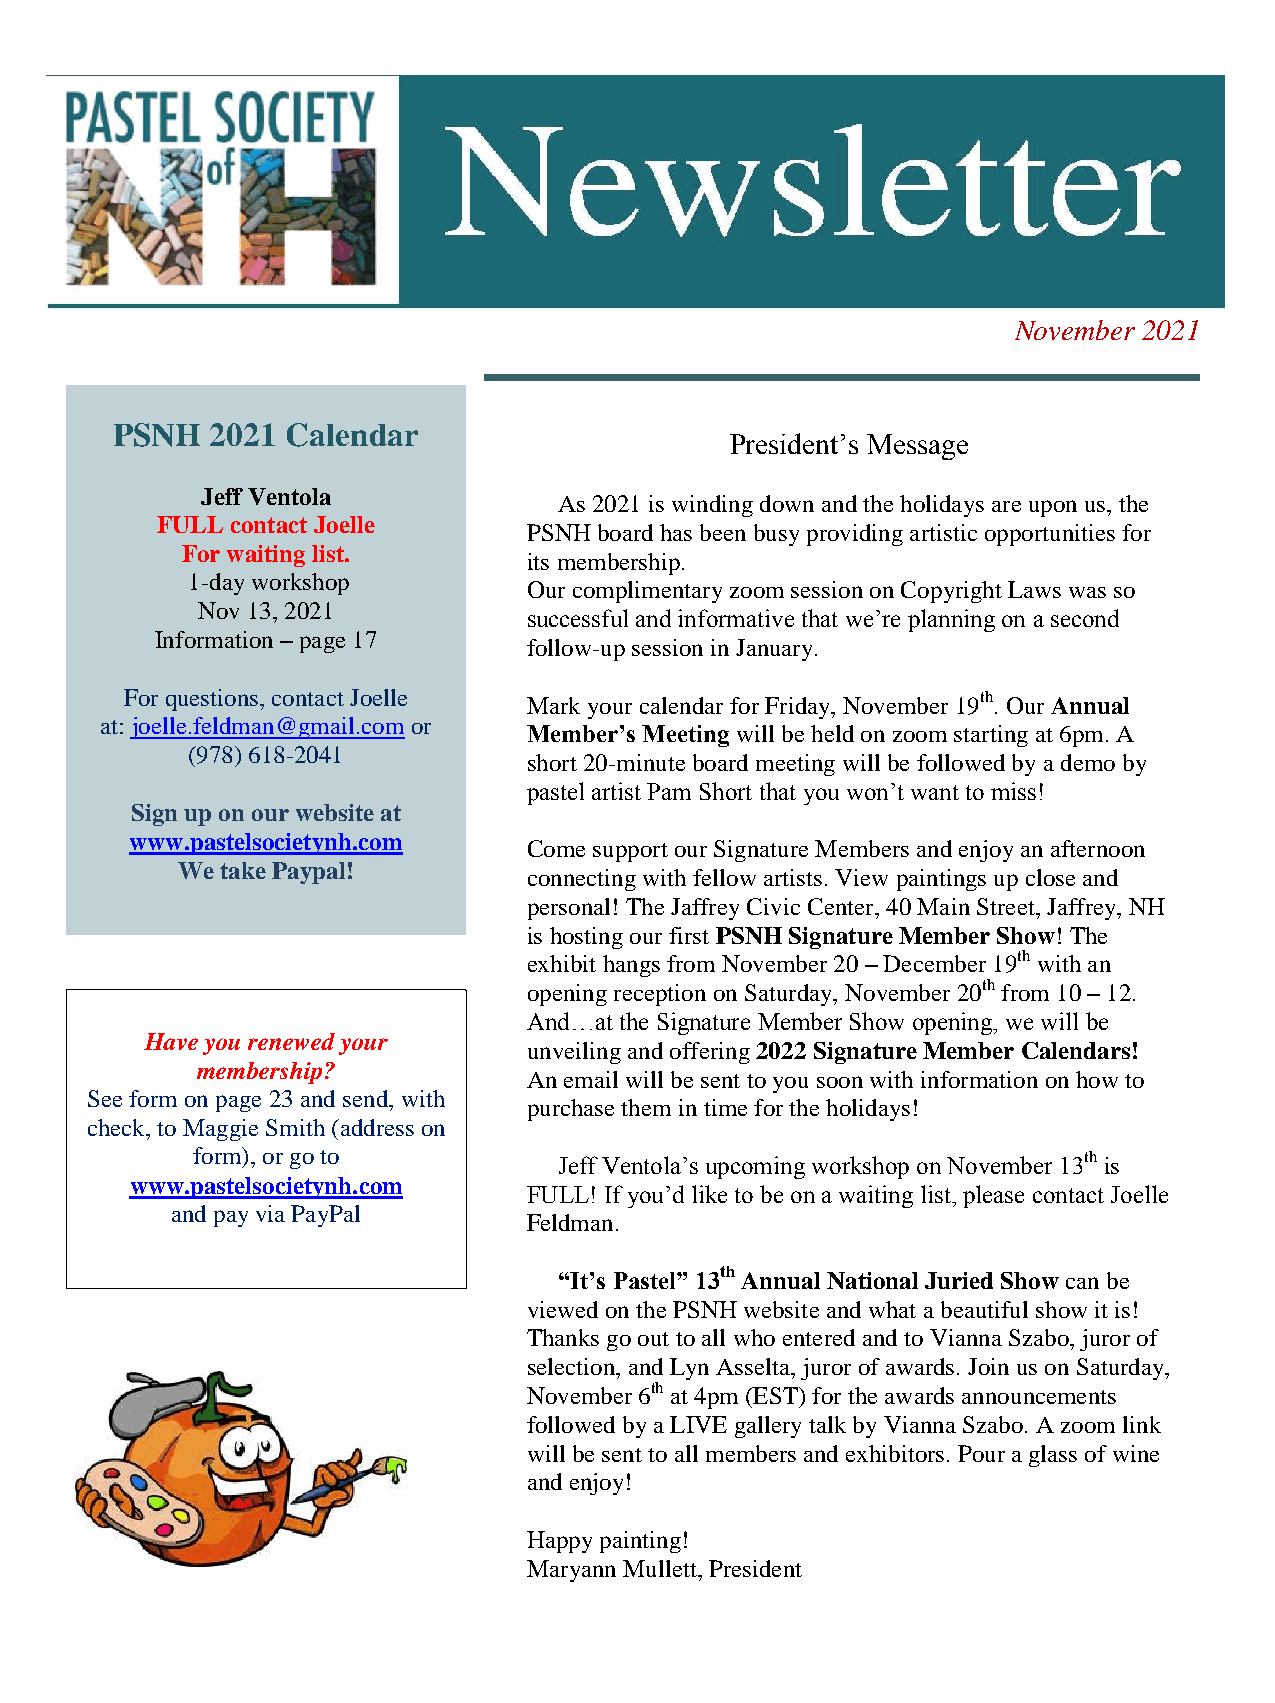
1
 November 2021
 PSNH   2021 Calendar
 President’s Message
 Jeff Ventola
 As 2021 is winding down and the holidays are upon us, the
 FULL contact Joelle
 PSNH board has been busy providing artistic opportunities for
 For waiting list.
 its membership.
 1-day workshop
 Our complimentary zoom session on Copyright Laws was so
 Nov 13, 2021
 successful and informative that we’re planning on a second
 Information – page 17
 follow-up session in January.
 For questions, contact Joelle M ark your calendar for Friday, November 19th. Our Annual
 at: joelle.feldman@gmail.com or
 Member’s Meeting will be held on zoom starting at 6pm. A
 (978) 618-2041
 sh ort 20-minute board meeting will be followed by a demo by
 pastel artist Pam Short that you won’t want to miss!
 Sign up on our website at
 www.pastelsocietynh.com
 Come support our Signature Members and enjoy an afternoon
 We take Paypal!
 connecting with fellow artists. View paintings up close and
 personal! The Jaffrey Civic Center, 40 Main Street, Jaffrey, NH
 is hosting our first PSNH Signature Member Show! The
 exhibit hangs from November 20 – December 19th with an
 opening reception on Saturday, November 20th from 10 – 12.
 And…at the Signature Member Show opening, we will be
 Have you renewed your
 unveiling and offering 2022 Signature Member Calendars!
 membership?
 An email will be sent to you soon with information on how to
 See form on page 23 and send, with
 purchase them in time for the holidays!
 check, to Maggie Smith (address on
 form), or go to         Jeff Ventola’s upcoming workshop on November 13th is
 www.pastelsocietynh.com
 FULL! If you’d like to be on a waiting list, please contact Joelle
 and pay via PayPal
 Feldman.
 “It’s Pastel” 13th Annual National Juried Show can be
 viewed on the PSNH website and what a beautiful show it is!
 Thanks go out to all who entered and to Vianna Szabo, juror of
 selection, and Lyn Asselta, juror of awards. Join us on Saturday,
 November 6th at 4pm (EST) for the awards announcements
 followed by a LIVE gallery talk by Vianna Szabo. A zoom link
 will be sent to all members and exhibitors. Pour a glass of wine
 and enjoy!
 Happy painting!
 Maryann Mullett, President